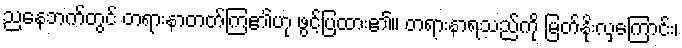
ညနေဘက်တွင် တရားနာတတ်ကြ၏ဟု ဖွင့်ပြထား၏။ တရားနာရသည်ကို မြတ်နိုးလှကြောင်း၊